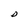
Character: D